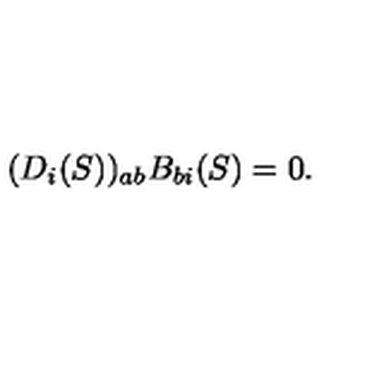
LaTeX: ( D _ { i } ( S ) ) _ { a b } B _ { b i } ( S ) = 0 .